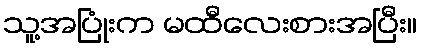
သူ့အပြုံးက မထီလေးစားအပြီး။